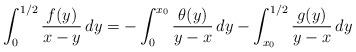
LaTeX: \begin{align*}\int_0^{1/2} \frac{f(y)}{x-y} \, dy = -\int_0^{x_0} \frac{\theta(y)}{y-x} \, dy - \int_{x_0}^{1/2} \frac{g(y)}{y-x} \, dy \end{align*}